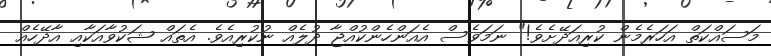
މަސައްކަތް އަހަރެމެން ކުރިއަދޭށެވެ!" ނަމަވެސް އެއަންހެންކުއްޖާ ދުލެއް ނުކުރިއެވެ. އެތައް ޝަކުވާއަކާއި އާދޭހެއް